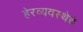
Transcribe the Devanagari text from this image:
हेरव्यवस्थेचे